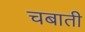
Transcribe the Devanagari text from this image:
चबाती